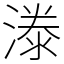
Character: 漛